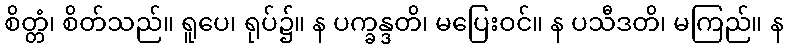
စိတ္တံ၊ စိတ်သည်။ ရူပေ၊ ရုပ်၌။ န ပက္ခန္ဒတိ၊ မပြေးဝင်။ န ပသီဒတိ၊ မကြည်။ န